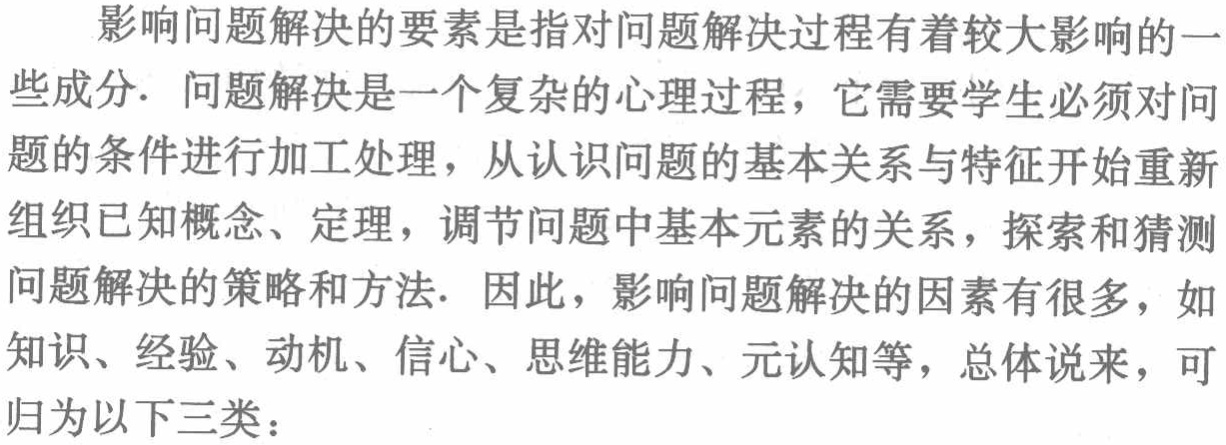
影响问题解决的要素是指对问题解决过程有着较大影响的一

些成分. 问题解决是一个复杂的心理过程，它需要学生必须对问

题的条件进行加工处理，从认识问题的基本关系与特征开始重新

组织已知概念、定理，调节问题中基本元素的关系，探索和猜测

问题解决的策略和方法. 因此，影响问题解决的因素有很多，如

知识、经验、动机、信心、思维能力、元认知等，总体说来，可

归为以下三类：